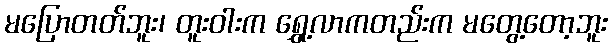
မပြောတတ်ဘူး၊ တူးဝါးက ရွှေ့လာကတည်းက မတွေ့တော့ဘူး